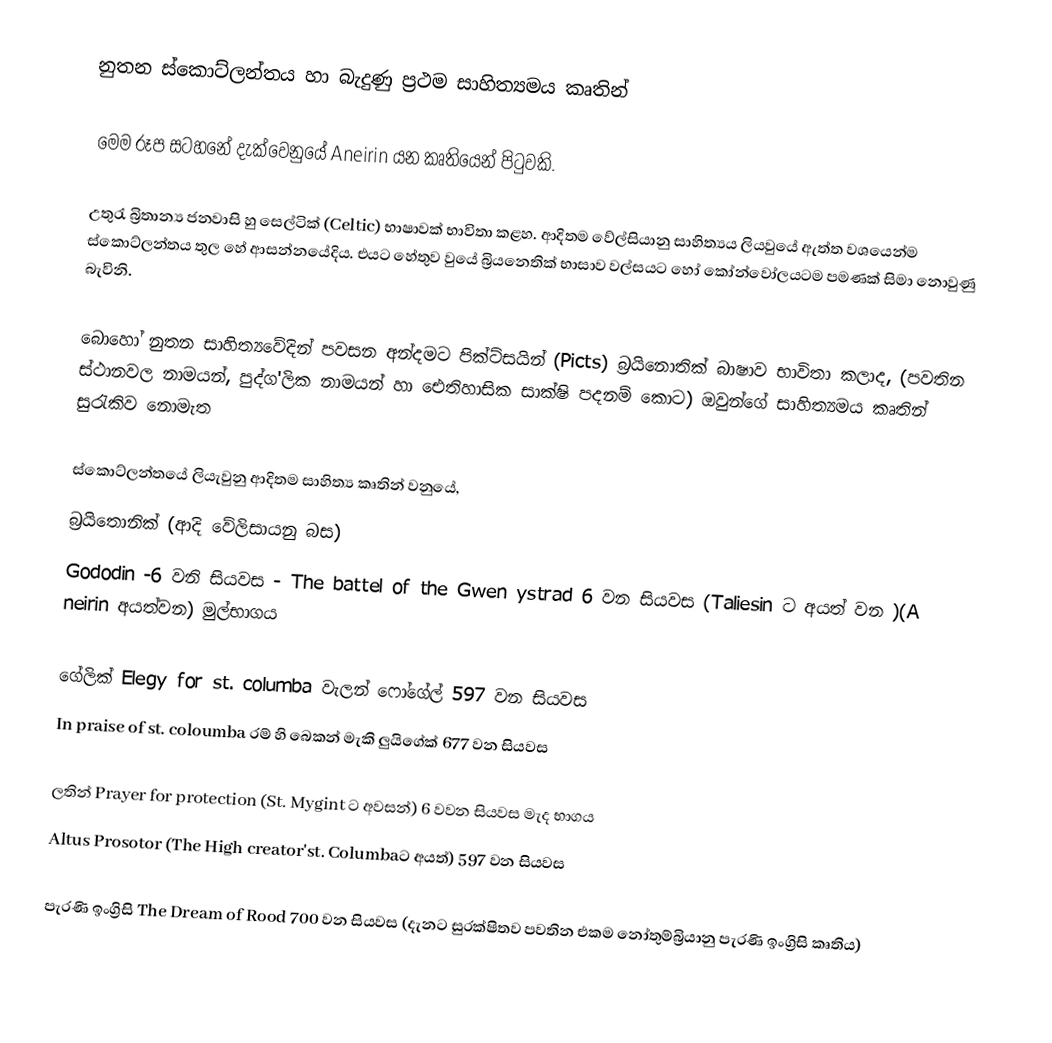
නුතන ස්කොට්ලන්තය හා බැදුණු ප්‍රථම සාහිත්‍යමය කෘතින්

‍	මෙම රූප සටහනේ දැක්වෙනුයේ Aneirin යන කෘතියෙන් පිටුවකි.

	උතුරැ බ්‍රිතාන්‍ය ජනවාසි හු සෙල්ටික් (Celtic) භාෂාවක් භාවිතා කළහ. ආදිතම වේල්සියානු සාහිත්‍යය ලියවුයේ ඇත්ත වශයෙන්ම ස්කොට්ලන්තය තුල හේ ආසන්නයේදිය. එයට‍ හේතුව වුයේ බ්‍රියනෙතික් භාසාව වල්සයට හෝ කෝන්වෝලයටම පමණක් සිමා නොවුණු බැවිනි.

බොහෝ නුතන සාහිත්‍යවේදින් පවසන අන්දමට පික්ට්සයින් (Picts) බ්‍රයිනොතික් බාෂාව භාවිතා කලාද, (පවතින ස්ථානවල නාමයන්, පුද්ග'ලික නාමයන් හා ඓතිහාසික සාක්ෂි පදනම් කොට) ඔවුන්ගේ සාහිත්‍යමය කෘතින් සුරැකිව නොමැත

ස්කොට්ලන්තයේ ලියැවුනු ආදිතම සාහිත්‍ය කෘතින් වනුයේ,
බ්‍රයිතොනික් (ආදි වේලිසායනු බස)
Gododin  -6 වනි සියවස - The battel of the Gwen ystrad 6 වන සියවස (Taliesin ට අයත් වන )(A neirin අයත්වන) 		මුල්භාගය

ගේලික් Elegy for st. columba  වැලන් ෆෝ‍ගේල් 597 වන සියවස
In praise of st. coloumba  රම් හි බෙකන් මැකි ලුයිගේක් 677 වන සියවස

ලතින්	Prayer for protection (St. Mygint ට අවසන්)  6 වවන සියවස මැද භාගය
Altus Prosotor (The High creator'st. Columbaට අයත්) 597 වන සියවස

පැරණි ඉංග්‍රිසි  The Dream of Rood 700 වන සියවස (දැනට සුරක්ෂිතව පවතින එකම නෝතුම්බ්‍රියානු පැරණි ඉංග්‍රිසි කෘතිය)